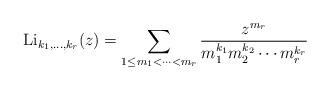
LaTeX: \begin{align*}{\rm Li}_{k_1,\ldots,k_r}(z)=\sum_{1\leq m_1<\cdots<m_r}\frac{z^{m_r}}{m_1^{k_1}m_2^{k_2}\cdots m_r^{k_r}} \end{align*}